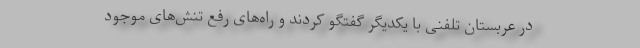
در عربستان تلفنی با یکدیگر گفتگو کردند و راه‌های رفع تنش‌های موجود